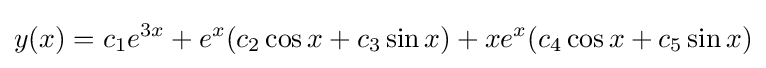
y(x)=c_{1}e^{3x}+e^{x}(c_{2}\cos x+c_{3}\sin x)+xe^{x}(c_{4}\cos x+c_{5}\sin x)